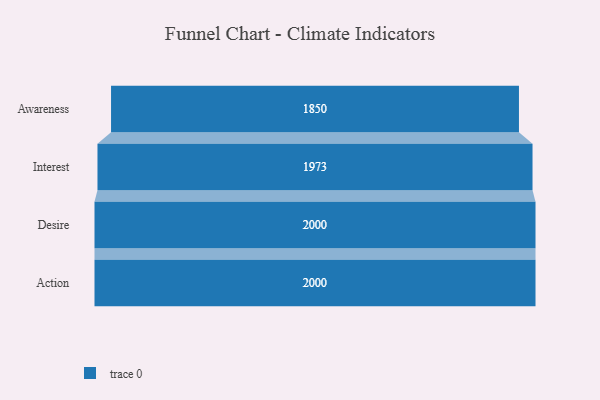
{"axis": {"x": "Stage", "y": "Value"}, "legend": [""], "data": [{"x": "Awareness", "y": 1850.0, "type": ""}, {"x": "Interest", "y": 1973.0, "type": ""}, {"x": "Desire", "y": 2000, "type": ""}, {"x": "Action", "y": 2000, "type": ""}]}